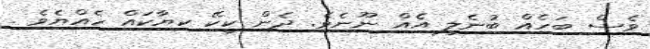
ވެސް ބަހެއް ބުނެލީ އެއް ނޫނެވެ. ދެން ކީކޭ ކިޔާކައް ހެއްޔެވެ .